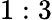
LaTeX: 1:3